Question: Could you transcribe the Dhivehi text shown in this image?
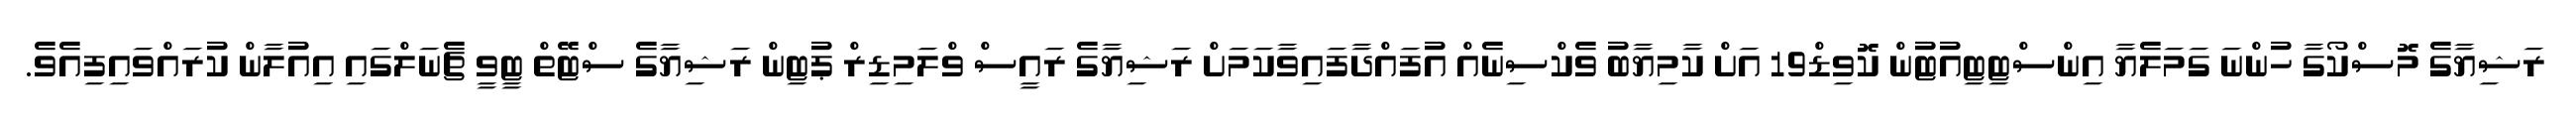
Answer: ރަޝިޔާގެ މޮސްކޯގާ ހުންނަ ގަމަލެޔާ އިންސްޓިޓިއުޓުން ކޮވިޑް19 އަށް ކާމިޔާބު ވެކްސިނެއް އުފައްދާފައިވާކަމަށް ރަޝިޔާގެ ރައީސް ވްލަމިޑިރް ޕުޓިން ރަޝިޔާގެ ސްޓޭތް ޓީވީ ޗެނަލްގައި އިއުލާން ކުރައްވައިފިއެވެ.